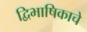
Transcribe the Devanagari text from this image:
द्विभाषिकाचे